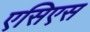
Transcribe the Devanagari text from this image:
एसिएस